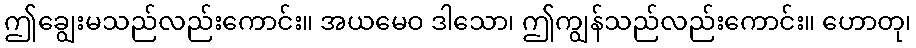
ဤချွေးမသည်လည်းကောင်း။ အယမေဝ ဒါသော၊ ဤကျွန်သည်လည်းကောင်း။ ဟောတု၊